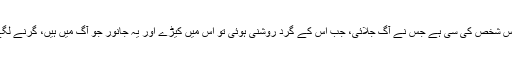
1544: سیدنا ابو ہریرہؓ کہتے ہیں کہ رسول اللہﷺ نے فرمایا: کہ میری مثال اس شخص کی سی ہے جس نے آگ جلائی، جب اس کے گرد روشنی ہوئی تو اس میں کیڑے اور یہ جانور جو آگ میں ہیں، گرنے لگے اور وہ شخص ان کو روکنے لگا، لیکن وہ نہ رکے اور اس میں گرنے لگے۔